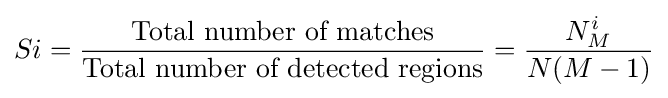
Si={\frac {\text{Total number of matches}}{\text{Total number of detected regions}}}={\frac {N_{M}^{i}}{N(M-1)}}